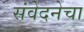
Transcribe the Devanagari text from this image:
संवेदनेचा